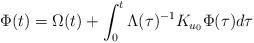
LaTeX: \begin{align*}\Phi(t)=\Omega(t)+\int_0^t \Lambda(\tau)^{-1}K_{u_0}\Phi(\tau)d\tau\end{align*}